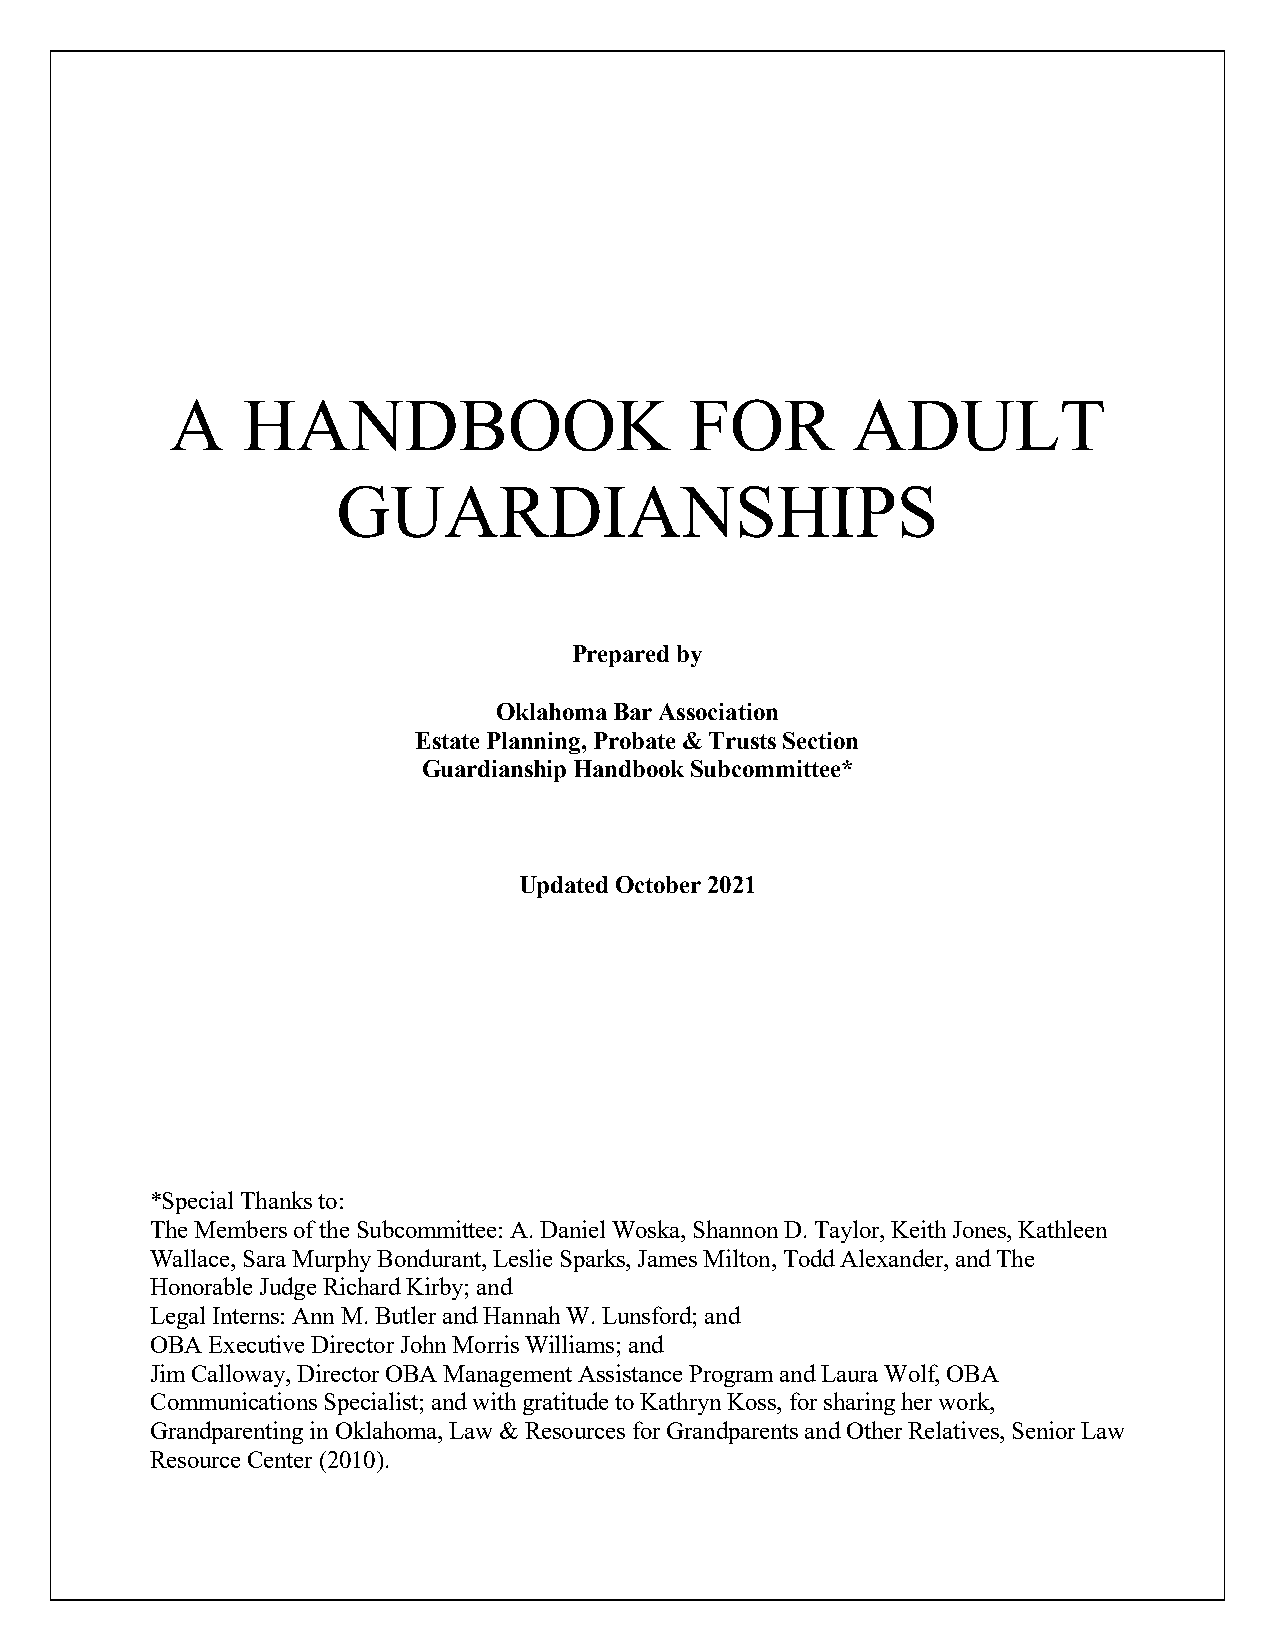
A    HANDBOOK                      FOR       ADULT
 GUARDIANSHIPS
 Prepared by
 Oklahoma Bar Association
 Estate Planning, Probate & Trusts Section
 Guardianship Handbook Subcommittee*
 Updated October 2021
 *Special Thanks to:
 The Members of the Subcommittee: A. Daniel Woska, Shannon D. Taylor, Keith Jones, Kathleen
 Wallace, Sara Murphy Bondurant, Leslie Sparks, James Milton, Todd Alexander, and The
 Honorable Judge Richard Kirby; and
 Legal Interns: Ann M. Butler and Hannah W. Lunsford; and
 OBA Executive Director John Morris Williams; and
 Jim Calloway, Director OBA Management Assistance Program and Laura Wolf, OBA
 Communications Specialist; and with gratitude to Kathryn Koss, for sharing her work,
 Grandparenting in Oklahoma, Law & Resources for Grandparents and Other Relatives, Senior Law
 Resource Center (2010).